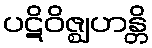
ပဋိဝိဇ္ဈဟန္တိ